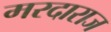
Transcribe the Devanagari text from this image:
मरदाराज